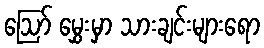
ဩော် မွှေးမှာ သားချင်းများရော